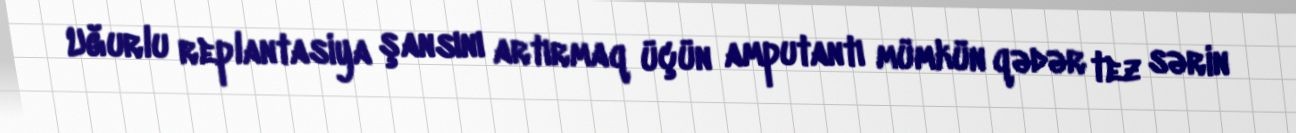
Uğurlu replantasiya şansını artırmaq üçün amputantı mümkün qədər tez sərin